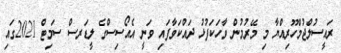
ރައީސުލްޖުމްހޫރިއްޔާ މި މޭރުމުން ވާހަކަފުޅު ދައްކަވާފައި ވަނީ އެއޯސިސްގެ ލީޑަރސް ސަމިޓް 2021ގައި